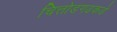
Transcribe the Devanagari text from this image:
चित्तोडगढकडे